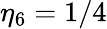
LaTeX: \eta_{6}=1/4